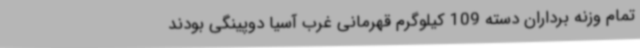
تمام وزنه برداران دسته 109 کیلوگرم قهرمانی غرب آسیا دوپینگی بودند